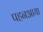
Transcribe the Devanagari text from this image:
पहनआया